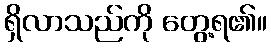
ရှိလာသည်ကို တွေ့ရ၏။